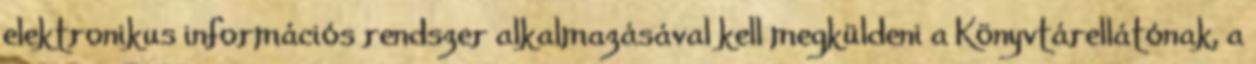
elektronikus információs rendszer alkalmazásával kell megküldeni a Könyvtárellátónak, a